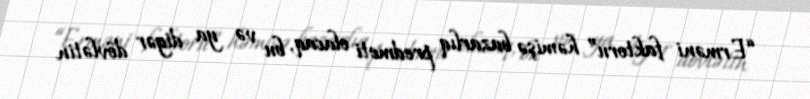
“Erməni faktoru” həmişə bazarlıq predmeti olacaq, bu və ya digər dövlətin